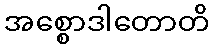
အစ္စောဒါတောတိ